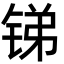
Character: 锑